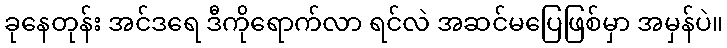
ခုနေတုန်း အင်ဒရေ ဒီကိုရောက်လာ ရင်လဲ အဆင်မပြေဖြစ်မှာ အမှန်ပဲ။